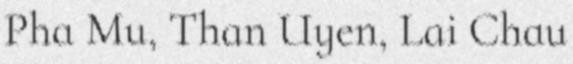
Pha Mu, Than Uyen, Lai Chau